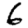
Digit: 6